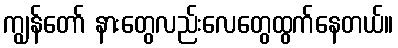
ကျွန်တော် နားတွေလည်းလေတွေထွက်နေတယ်။